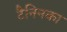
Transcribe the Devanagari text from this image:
टैनिनका